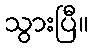
သွားပြီ။